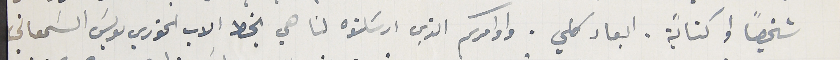
شخصياً او كتابًة. ابعاد كلي. واوامركم الذي ارسَلتوه لنا هي بخط الاب الخوري لويسَ السَمعاني